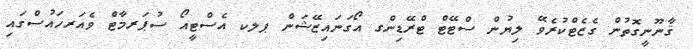
ޤާނޫނީގޮތުން ގެޒެޓްކުރެވޭ ލިޔުން ސްޓޭޓް ޓްރޭޑިންގ އޯގަނައިޒޭޝަން ޕލކ އެސްޓީއޯ ސުޕަރމާޓް ވެއަރހައުސްގައި